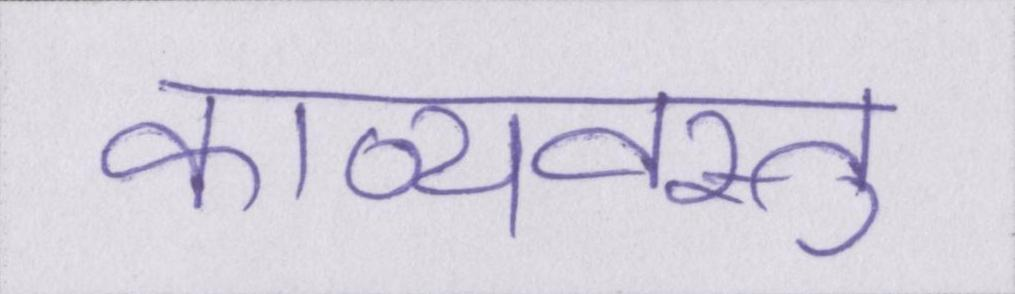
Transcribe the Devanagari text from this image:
काव्यवस्तु